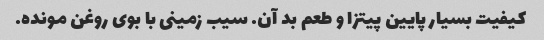
کیفیت بسیار پایین پیتزا و طعم بد آن. سیب زمینی با بوی روغن مونده.